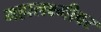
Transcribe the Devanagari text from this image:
महालक्ष्मीवर